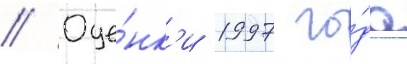
// Оце́нк'и 1997 го́да